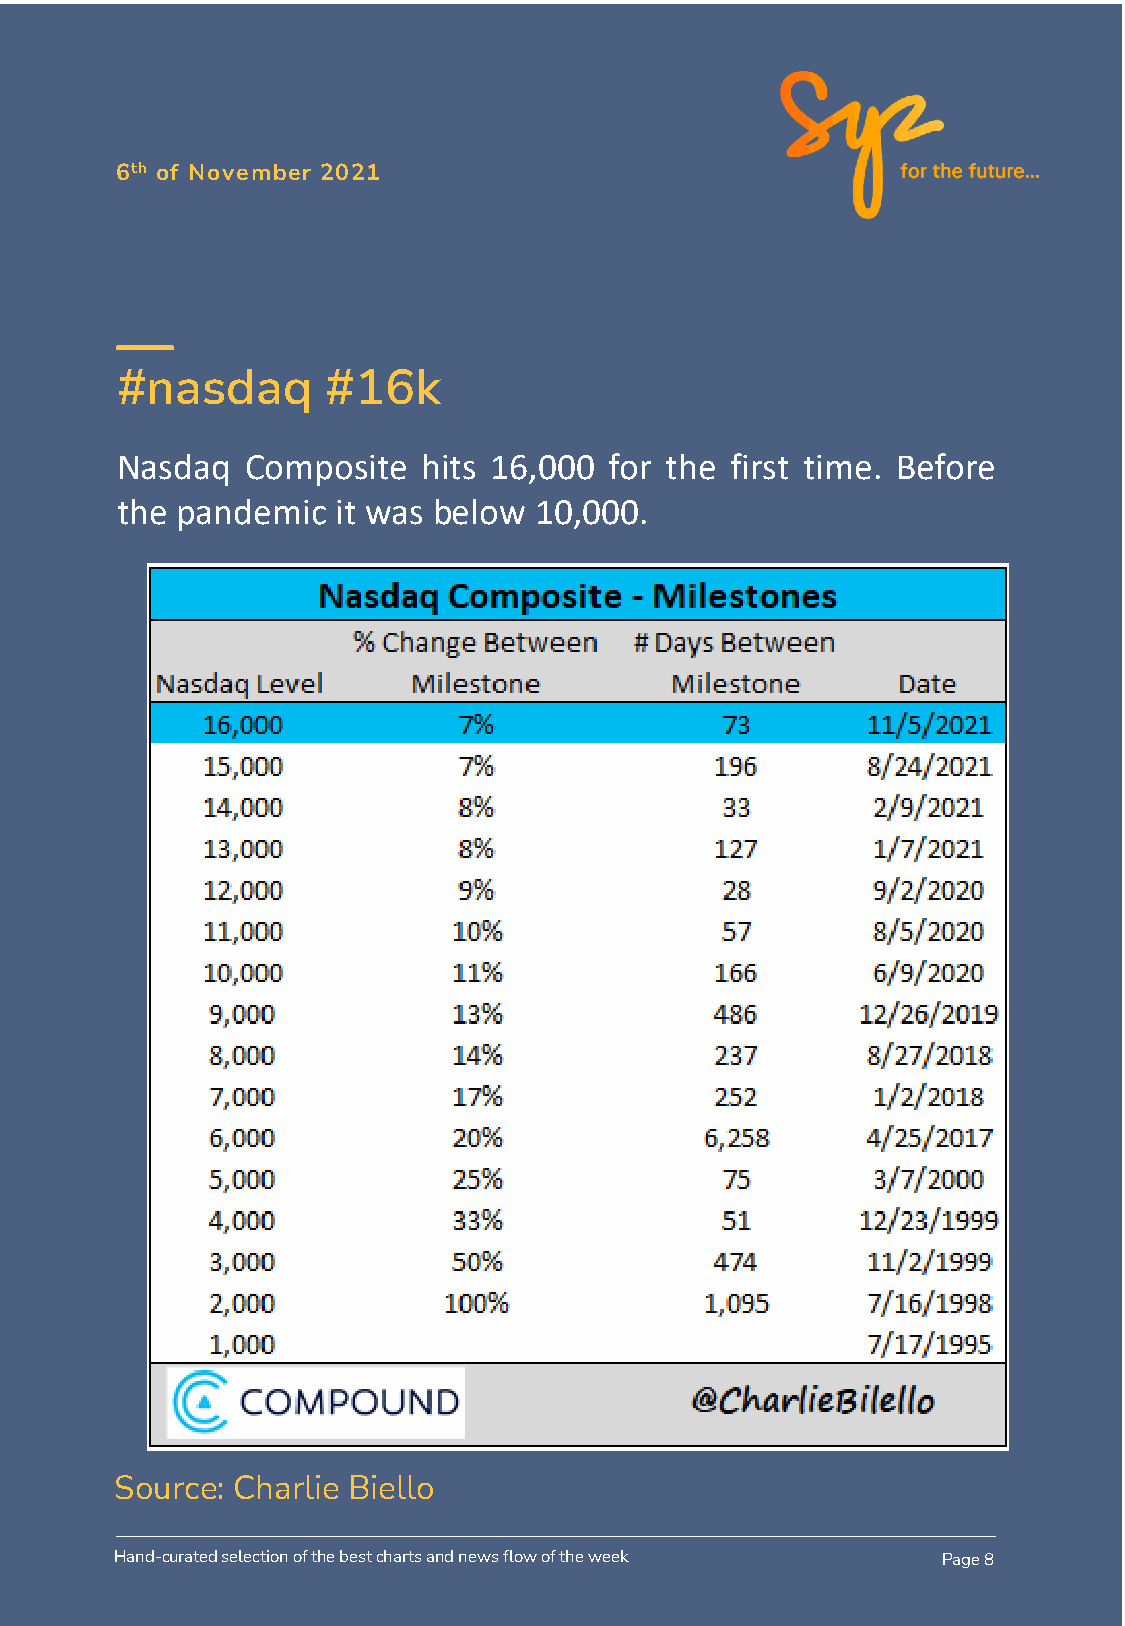
6th of November 2021
 #nasdaq       #16k
 Nasdaq  Composite   hits 16,000 for the first time. Before
 the pandemic  it was below 10,000.
 Source: Charlie Biello
 Hand-curated selection of the best charts and news flow of the week Page 8